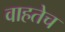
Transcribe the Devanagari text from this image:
वाहतेच